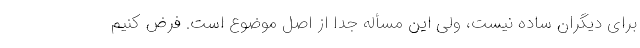
برای دیگران ساده نیست، ولی این مسأله جدا از اصل موضوع است. فرض کنیم